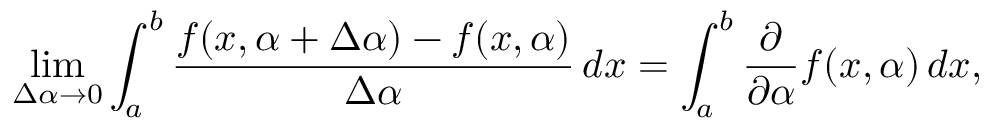
\operatorname* { l i m } _ { \Delta \alpha \to 0 } \int _ { a } ^ { b } { \frac { f ( x , \alpha + \Delta \alpha ) - f ( x , \alpha ) } { \Delta \alpha } } \, d x = \int _ { a } ^ { b } { \frac { \partial } { \partial \alpha } } f ( x , \alpha ) \, d x ,